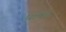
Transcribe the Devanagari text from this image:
धाकरे